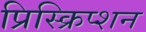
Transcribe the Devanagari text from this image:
प्रिस्क्रिप्शन